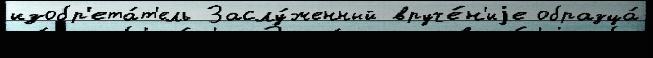
изобр'ета́т'ель Заслу́женный вруче́н'иjе образца́